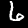
Digit: 6